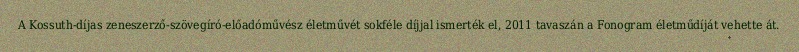
A Kossuth-díjas zeneszerző-szövegíró-előadóművész életművét sokféle díjjal ismerték el, 2011 tavaszán a Fonogram életműdíját vehette át.